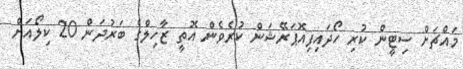
މައްޗަށް ސިޓީން ކުރި ހޯދައިފިއޮޕަރޭޝަން ކުރެވެން އޮތީ ޒާހިލްގެ ބަރުދަން 20 ކިލޯއަށް